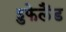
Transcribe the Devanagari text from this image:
हुफेलैंड